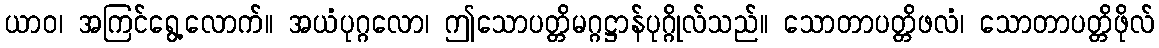
ယာဝ၊ အကြင်ရွေ့လောက်။ အယံပုဂ္ဂလော၊ ဤသောပတ္တိမဂ္ဂဋ္ဌာန်ပုဂ္ဂိုလ်သည်။ သောတာပတ္တိဖလံ၊ သောတာပတ္တိဖိုလ်